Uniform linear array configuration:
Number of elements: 16
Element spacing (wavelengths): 0.5
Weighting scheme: hann
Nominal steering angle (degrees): -45
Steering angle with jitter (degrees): -44.194
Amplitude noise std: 0.05
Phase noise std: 0.05

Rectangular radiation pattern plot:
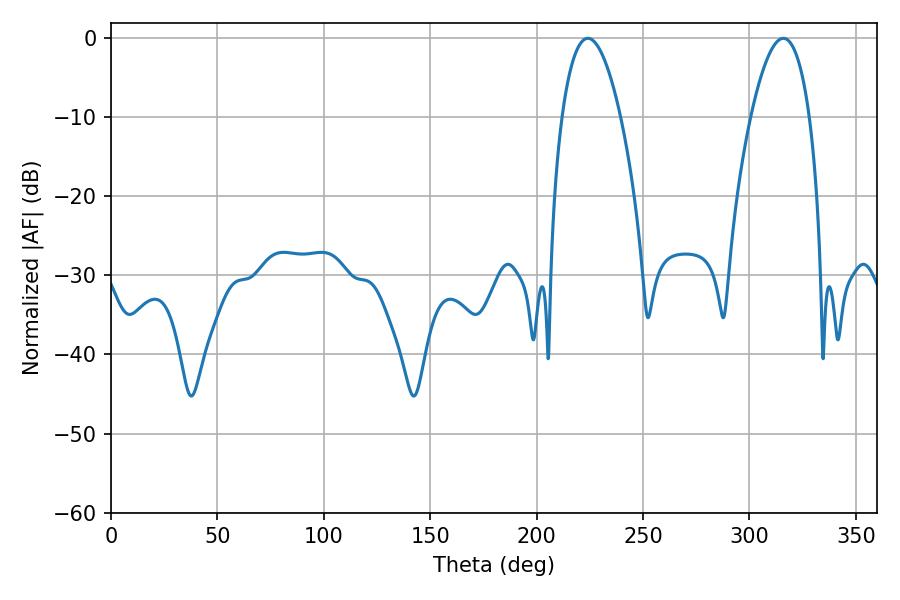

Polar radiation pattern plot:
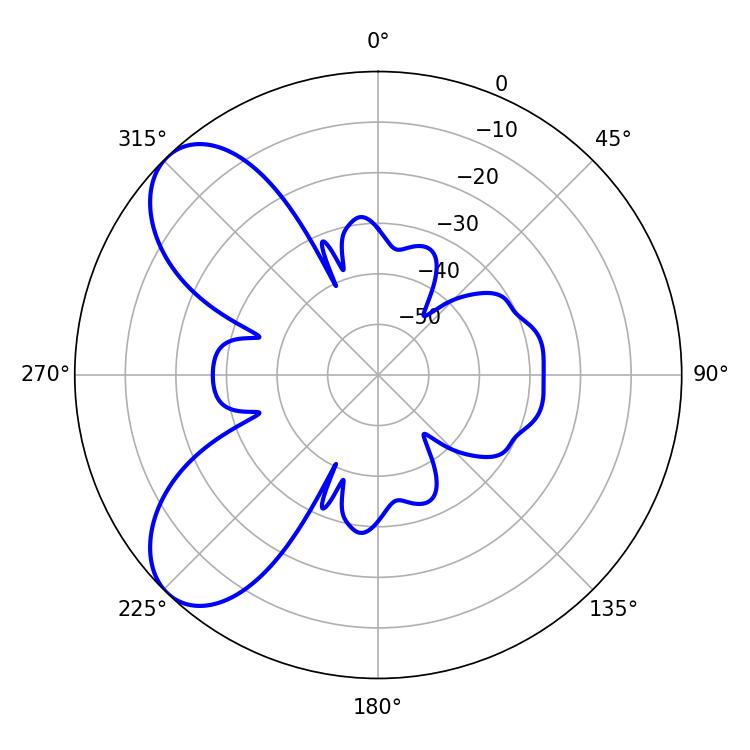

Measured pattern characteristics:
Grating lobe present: FALSE
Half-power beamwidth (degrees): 15.3
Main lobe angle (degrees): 224.1